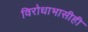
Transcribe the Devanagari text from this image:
विरोधाभासीही